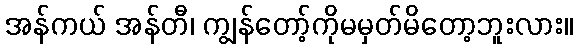
အန်ကယ် အန်တီ၊ ကျွန်တော့်ကိုမမှတ်မိတော့ဘူးလား။